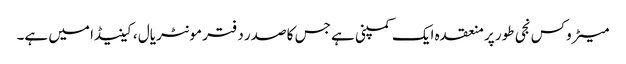
میٹروکس نجی طور پر منعقدہ ایک کمپنی ہے جس کا صدر دفتر مونٹریال ، کینیڈا میں ہے۔